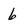
Character: 6